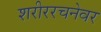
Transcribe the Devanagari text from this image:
शरीररचनेवर